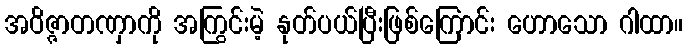
အဝိဇ္ဇာတဏှာကို အကြွင်းမဲ့ နုတ်ပယ်ပြီးဖြစ်ကြောင်း ဟောသော ဂါထာ။